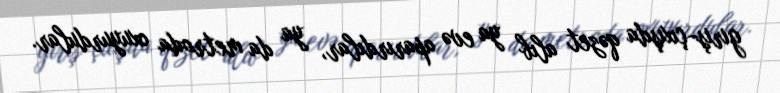
giriş-çıxışda qəzet alıb ya evə aparırdılar, ya da metroda oxuyurdular.